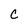
Character: C